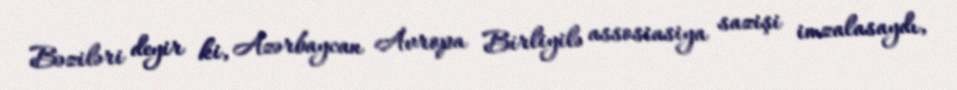
Bəziləri deyir ki, Azərbaycan Avropa Birliyilə assosiasiya sazişi imzalasaydı,